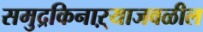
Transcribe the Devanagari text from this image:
समुद्रकिनाऱ्याजवळील